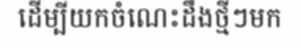
ដើម្បីយកចំណេះដឹងថ្មីៗមក